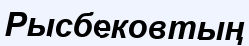
Рысбековтың